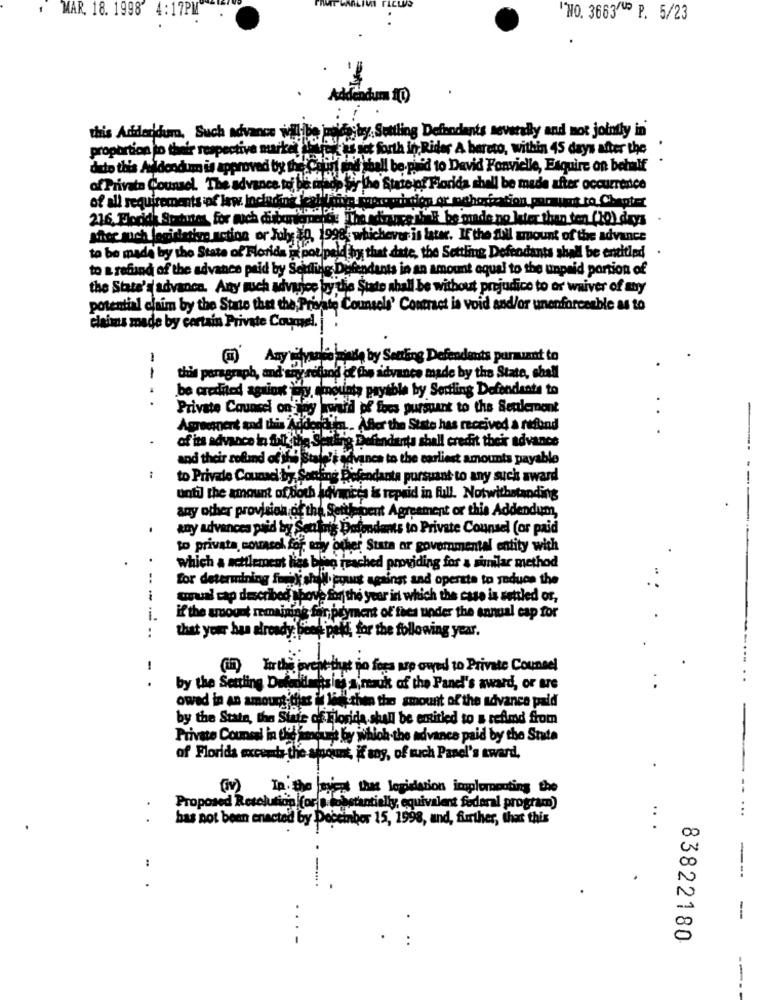
MAR. 18. 1998 4:17PM
"NO. 3663 5 P. 5/23
wdayby Settling Defendants severally and not jointly in'
this Addendum, Such advance willie
proportion to their respective nurket
is set forth in Rider A bareto, within 45 days after the '
deto this Addendum is approved by the CryP 4h
shall be paid to David Fonvielle, Esquire on behalf
of Private Counsel. The advance to ble
of all requirements of law, lachosensyntheticfino allelor Florida, shall be made after occurrence
Wine more pri tion or mahotization parauma to Chapter
216 Florida Stranes for much difference 7 true " # be made no later than ton (30) days
sher auch legidietire action or Julye 30, 1998. whichever is later. If the SUNl amount of the advance
to be made by the State of Florida i pot paid by that date, the Settling Defendants shall be entitled
to a refund of the advance paid by Selling Defendants in an amount equal to the unpaid portion of
the State's advance. Any much advance by die State shall be without prejudice to or waiver of muy
potential claim by the State that the, Private Counsels' Contract is void and/or unenforceable as to
claims made by certain Private Coumel. .
() Any wilyanire made by Settling Defendants pursuant to
--
this paragraph, and whyis
branche idvance made by the State, shall
be credited agsinn Ery, amounts payable by Sertling Defendants to
.
Private Counsel on iny award of foes pursuant to the Settlement
Amgenert and this Adderaifn- After the State has received a refund
ng Defendants shall credit their advance
and their rolland of the Stale's advance to the earliest amounts payable
to Private Counsel by. So
"Secling Defendanta pursuant to any such award
-
until the amount ofboth advices is repaid in full. Notwithstanding
any other provision of the Settimioent Agreement or this Addendum,
any advances paid by Sentry De
ing Defendants to Private Counsel (or paid
to privata, novasol for any other Stata or governmental entity with
which a settlement lies beso reached providing for a similar method
. --
for determining faible
i shall pount against and operate to yoduon the
anual cap described shove for the year in which the case is settled or,
if the amount remaining fo
inpryment of thes under the annual cap for
--..
that your has already: feel it
fees pakt for the following year.
1
(ii) In the great that no fees pop oured to Private Counsel
.
by the Settling Dufaiilmasina a mauk of the Panel's award, or are
owed in An amount dias
leng then the amount of the advance paid
by the Stata, the Sinie o
SiRie de Florida shall be eritled to & refimd from
Private Counel ia 64 2.72
mount by which the advance paid by the State
of Florida excemts the amount, if any, of such Panel's award,
(iv) In. the ayent that legislation implementing the
Proposed Resolution for a ishstantially, equivalent federal program)
...
.
has not been enacted by Doct b
Poceinbor 15, 1998, and, further, that this
..
:
... .
-
..
83822180